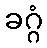
ခဂ္ဂံ